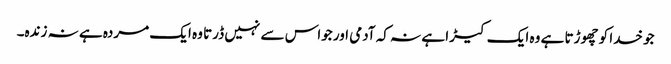
جو خدا کو چھوڑتا ہے وہ ایک کیڑا ہے نہ کہ آدمی اور جواس سے نہیں ڈرتا وہ ایک مردہ ہے نہ زندہ۔